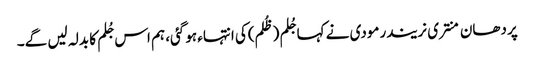
پردھان منتری نریندرمودی نے کہا جُلم (ظُلم)کی انتہاء ہوگئی، ہم اس جُلم کا بدلہ لیں گے۔